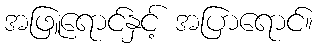
အဖြူရောင်နှင့် အပြာရောင်။